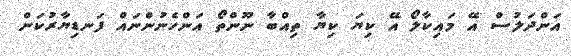
އަންދަލުސް އޭ މައިކާލޯ އޭ ކިޔަ ކިޔާ ތިއްބާ ނޫންތޯ އަންހެނުންނައް ފަނޑިޔާރުކަން